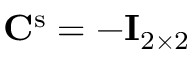
\mathbf { C } ^ { \mathrm { s } } = - \mathbf { I } _ { 2 \times 2 }